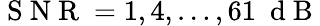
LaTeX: \mathrm{~S~N~R~}=1,4,\dotsc,61\ \mathrm{~d~B~}